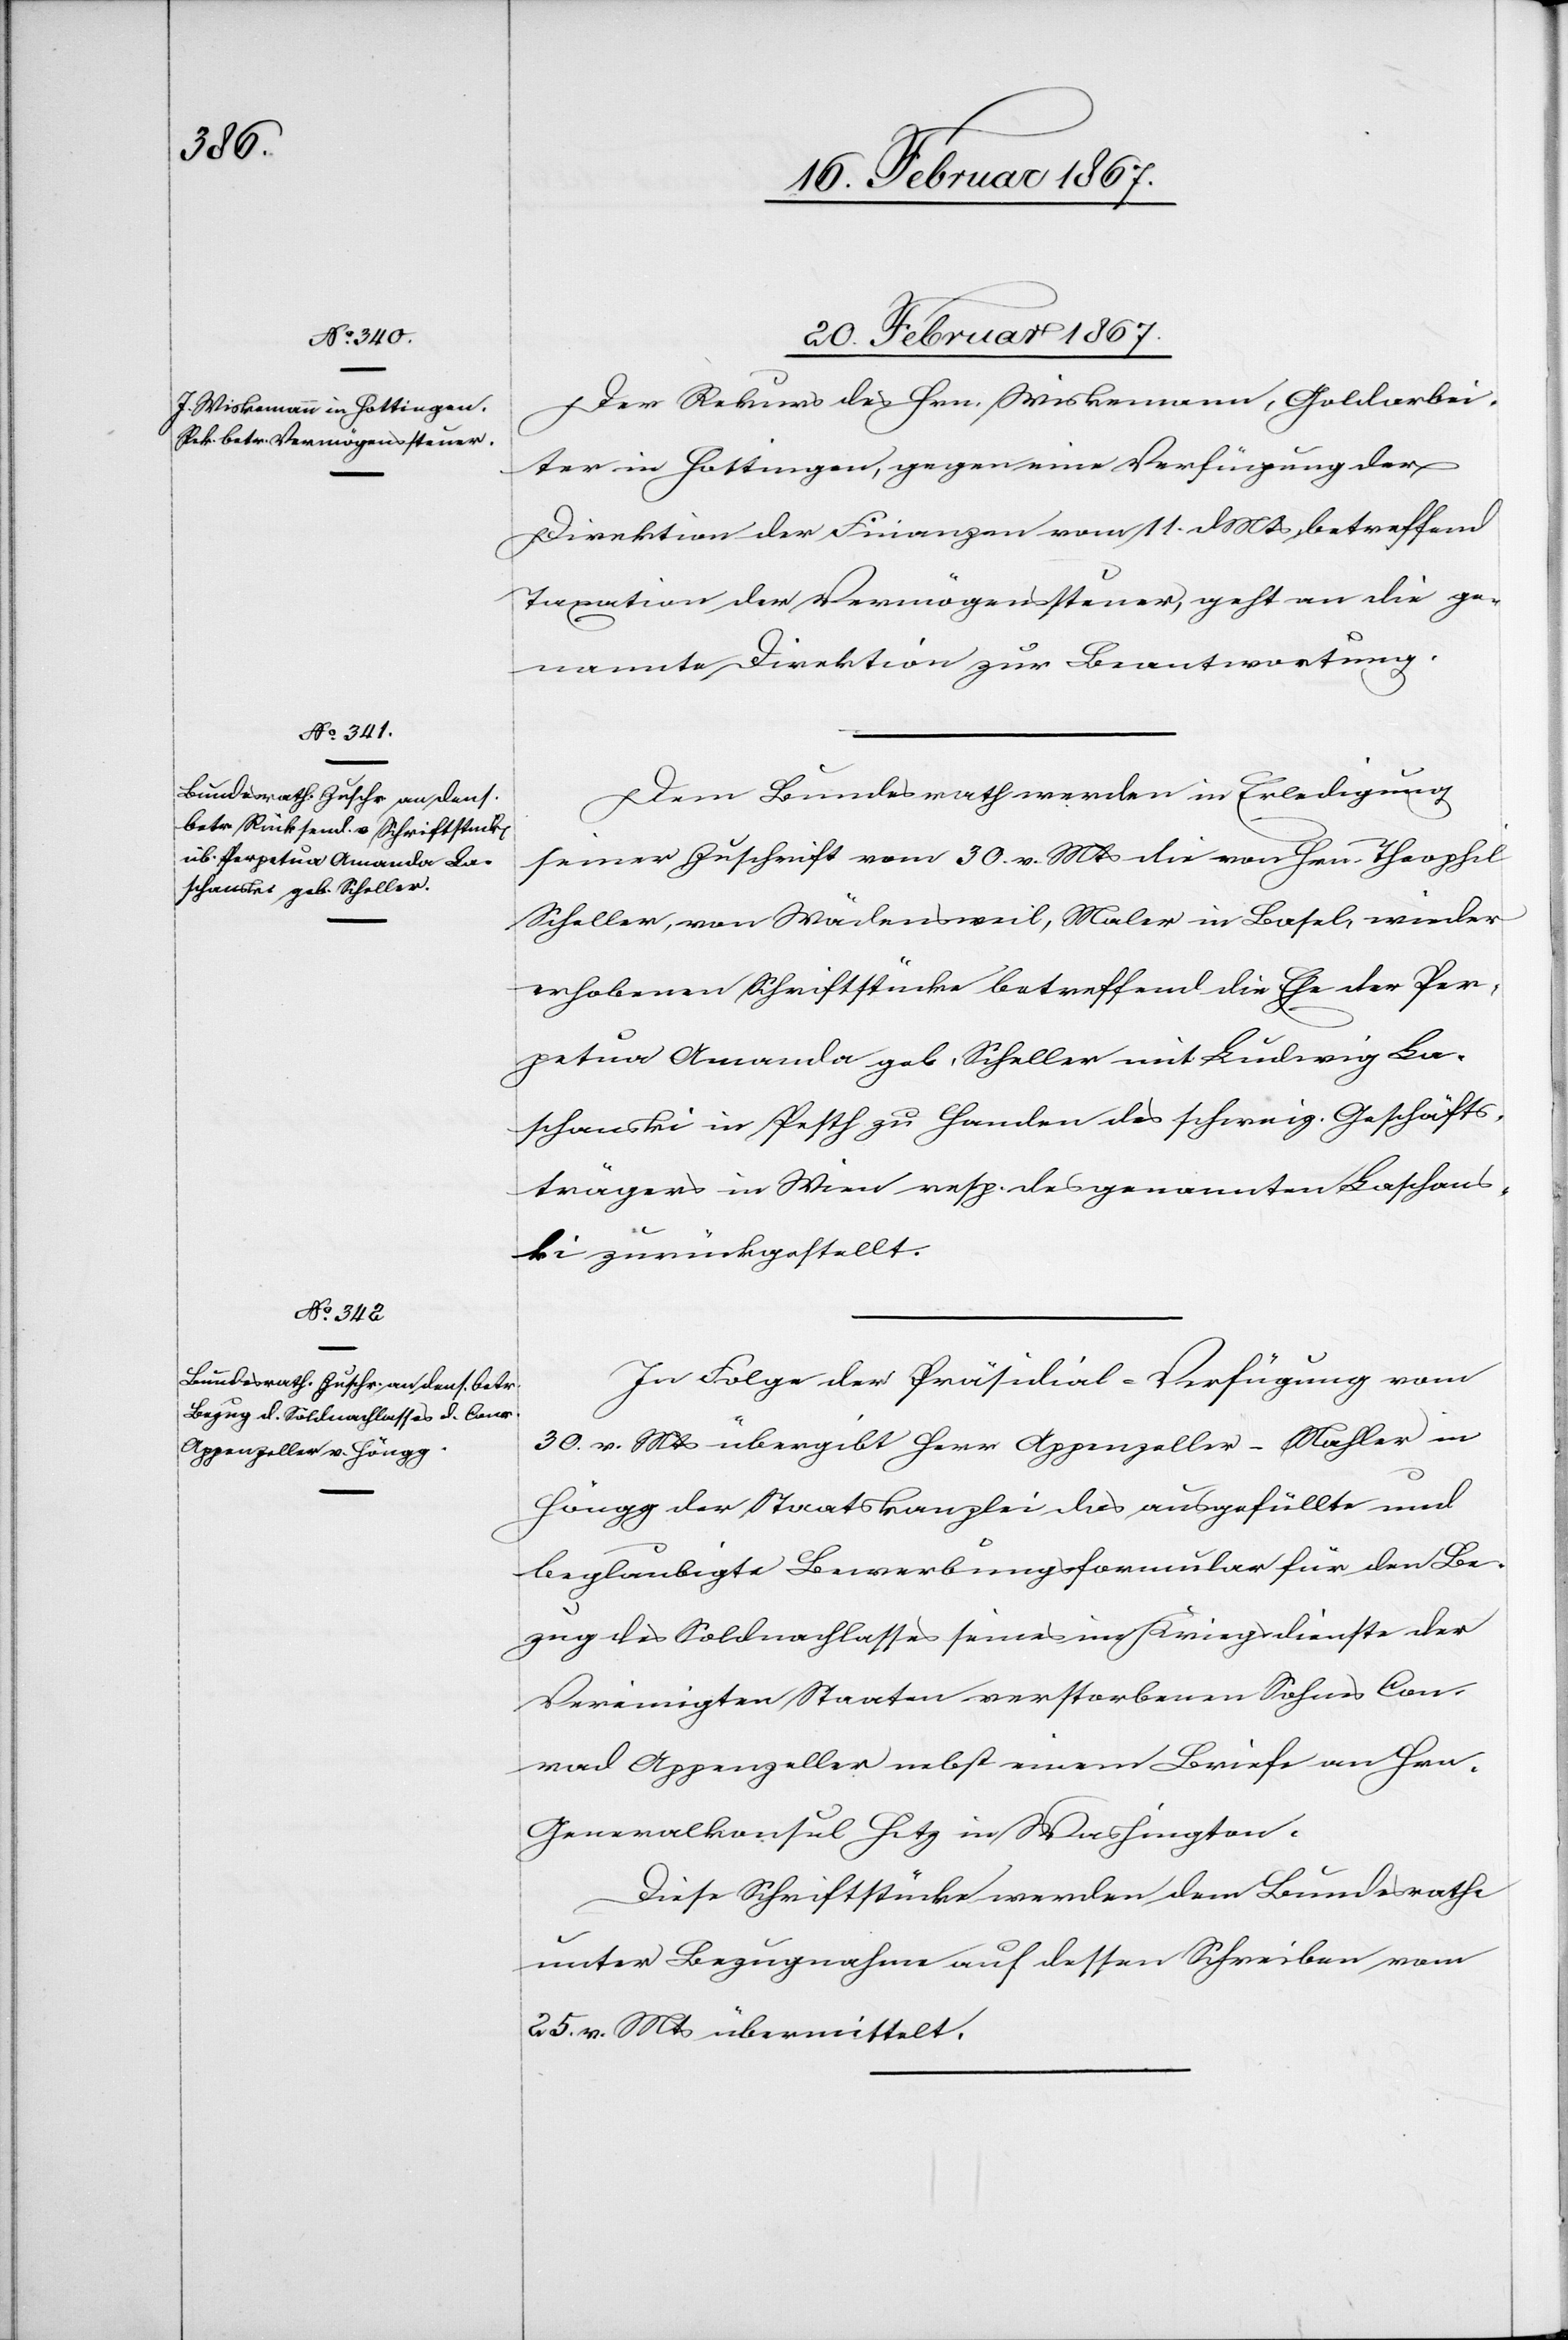
20. Februar 1867.]
20. Februar 1867.
Der Rekurs des Hrn. Wiskemann, Goldarbei¬
ter in Hottingen, gegen eine Verfügung der
Direktion der Finanzen vom 11. d. Mts, betreffend
Taxation der Vermögenssteuer, geht an die ge¬
nannte Direktion zur Beantwortung.
Dem Bundesrath werden in Erledigung
seiner Zuschrift vom 30. v. Mts die von Hrn. Theophil
Scheller, von Wädensweil, Maler in Basel, wieder
erhobenen Schriftstücke betreffend die Ehe der Per¬
petua Amanda geb. Scheller mit Ludwig La¬
schanski in Pesth zu Handen des schweiz. Geschäfts¬
trägers in Wien resp. des genannten Laschans¬
ki zurückgestellt.
In Folge der Präsidial-Verfügung vom
30. v. Mts übergibt Herr Appenzeller – Mahler in
Höngg der Staatskanzlei das ausgefüllte und
beglaubigte Bewerbungsformular für den Be¬
zug des Soldnachlasses seines im Kriegsdienste der
Vereinigten Staaten verstorbenen Sohnes Con¬
rad Appenzeller nebst einem Briefe an Hrn.
Generalkonsul Hitz in Washington.
Diese Schriftstücke werden dem Bundesrathe
unter Bezugnahme auf dessen Schreiben vom
25. v. Mts übermittelt.